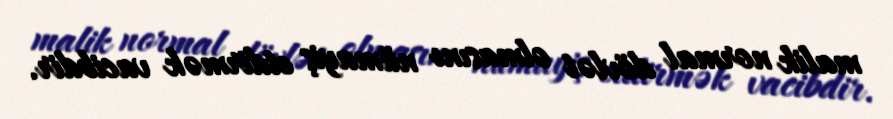
malik normal dövlət olmasını nümayiş etdirmək vacibdir.